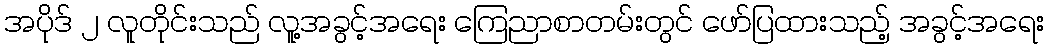
အပိုဒ် ၂ လူတိုင်းသည် လူ့အခွင့်အရေး ကြေညာစာတမ်းတွင် ဖော်ပြထားသည့် အခွင့်အရေး